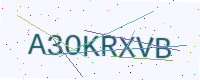
Text: A3OKRXVB